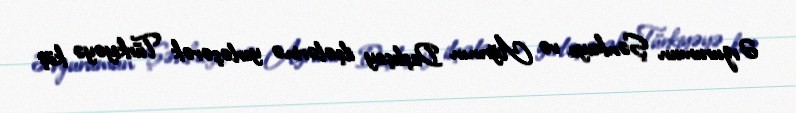
Ərzurumun Şənkaya və Ağrının Daşlıçay ilçələrinə yerləşərək Türkiyəyə köç